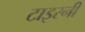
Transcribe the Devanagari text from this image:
टाइरनी